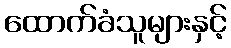
ထောက်ခံသူများနှင့်